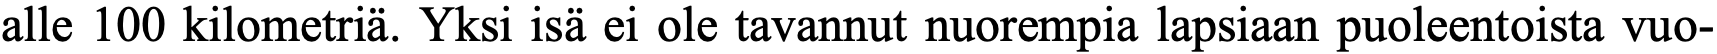
alle 100 kilometriä. Yksi isä ei ole tavannut nuorempia lapsiaan puoleentoista vuo-